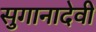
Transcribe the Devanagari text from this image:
सुगानादेवी